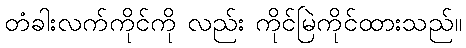
တံခါးလက်ကိုင်ကို လည်း ကိုင်မြဲကိုင်ထားသည်။